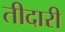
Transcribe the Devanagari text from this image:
तीदारी